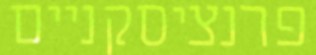
פרנציסקניים